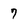
Character: 7